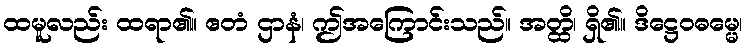
ထမူလည်း ထရာ၏။ ဧတံ ဌာနံ၊ ဤအကြောင်းသည်။ အတ္ထိ၊ ရှိ၏။ ဒိဋ္ဌေဝဓမ္မေ၊